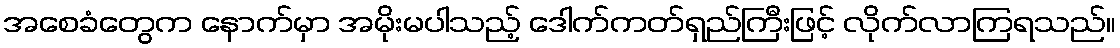
အစေခံတွေက နောက်မှာ အမိုးမပါသည့် ဒေါက်ကတ်ရှည်ကြီးဖြင့် လိုက်လာကြရသည်။